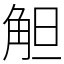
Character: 觛